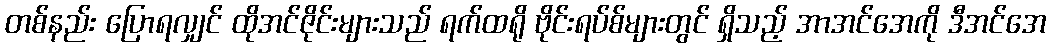
တစ်နည်း ပြောရလျှင် ထိုအင်ဇိုင်းများသည် ရက်ထရို ဗိုင်းရပ်စ်များတွင် ရှိသည့် အာအင်အေကို ဒီအင်အေ